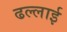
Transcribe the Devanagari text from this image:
ढल्लाई